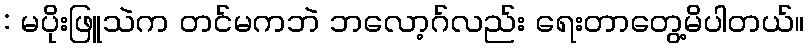
: မပိုးဖြူသဲက တင်မကဘဲ ဘလော့ဂ်လည်း ရေးတာတွေ့မိပါတယ်။